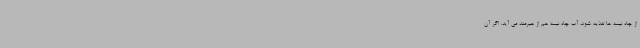
از چاه نیمه ها تغذیه شود، آب چاه نیمه هم از هیرمند می آید. اگر آن